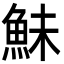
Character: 鮇